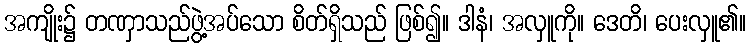
အကျိုး၌ တဏှာသည်ဖွဲ့အပ်သော စိတ်ရှိသည် ဖြစ်၍။ ဒါနံ၊ အလှူကို။ ဒေတိ၊ ပေးလှူ၏။